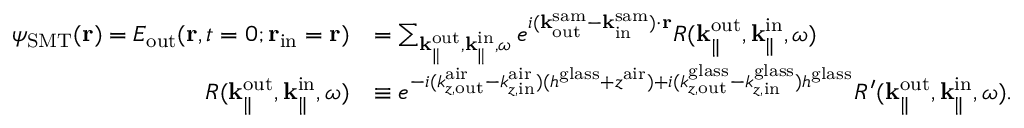
\begin{array} { r l } { \psi _ { \mathrm { S M T } } ( { \bf r } ) = E _ { \mathrm { o u t } } ( { \bf r } , t = 0 ; { \bf r } _ { \mathrm { i n } } = { \bf r } ) } & { = \sum _ { { \bf k } _ { \parallel } ^ { \mathrm { o u t } } , { \bf k } _ { \parallel } ^ { \mathrm { i n } } , \omega } e ^ { i ( { \bf k } _ { \mathrm { o u t } } ^ { \mathrm { s a m } } - { \bf k } _ { \mathrm { i n } } ^ { \mathrm { s a m } } ) \cdot { \bf r } } R ( { \bf k } _ { \parallel } ^ { \mathrm { o u t } } , { \bf k } _ { \parallel } ^ { \mathrm { i n } } , \omega ) } \\ { R ( { \bf k } _ { \parallel } ^ { \mathrm { o u t } } , { \bf k } _ { \parallel } ^ { \mathrm { i n } } , \omega ) } & { \equiv e ^ { - i ( k _ { z , \mathrm { o u t } } ^ { \mathrm { a i r } } - k _ { z , \mathrm { i n } } ^ { \mathrm { a i r } } ) ( h ^ { \mathrm { g l a s s } } + z ^ { \mathrm { a i r } } ) + i ( { k } _ { z , \mathrm { o u t } } ^ { \mathrm { g l a s s } } - { k } _ { z , \mathrm { i n } } ^ { \mathrm { g l a s s } } ) h ^ { \mathrm { g l a s s } } } R ^ { \prime } ( { \bf k } _ { \parallel } ^ { \mathrm { o u t } } , { \bf k } _ { \parallel } ^ { \mathrm { i n } } , \omega ) . } \end{array}